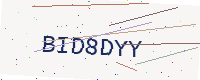
Text: BID8DYY